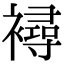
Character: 襑